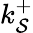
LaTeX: k_{\mathcal{S}}^{+}